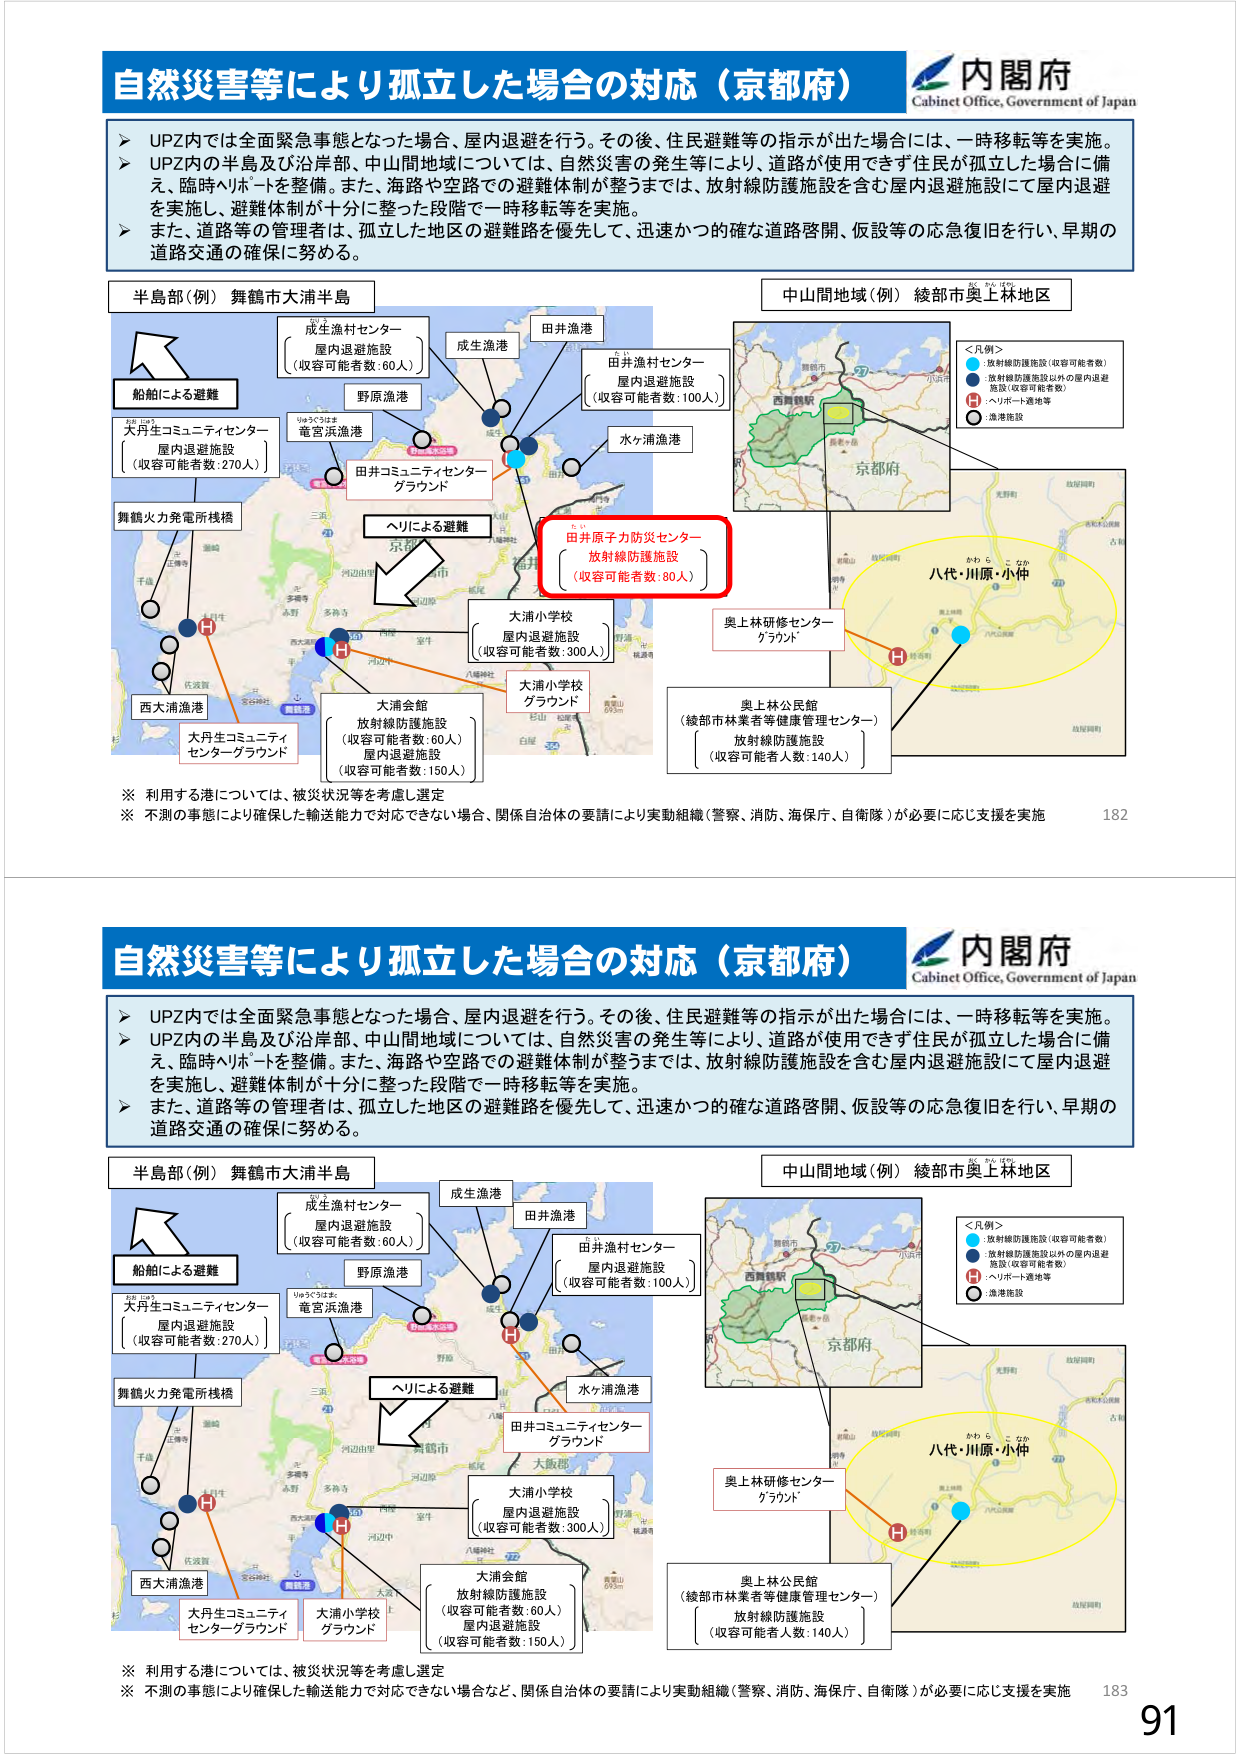
自然災害等により孤立した場合の対応（京都府）
内閣府
Cabinet Office, Government of Japan

➤ UPZ内では全面緊急事態となった場合、屋内退避を行う。その後、住民避難等の指示が出た場合には、一時移転等を実施。
➤ UPZ内の半島及び沿岸部、中山間地域については、自然災害の発生等により、道路が使用できず住民が孤立した場合に備え、臨時ヘリポートを整備。また、海路や空路での避難体制が整うまでは、放射線防護施設を含む屋内退避施設にて屋内退避を実施し、避難体制が十分に整った段階で一時移転等を実施。
➤ また、道路等の管理者は、孤立した地区の避難路を優先して、迅速かつ的確な道路啓開、仮設等の応急復旧を行い、早期の道路交通の確保に努める。

半島部（例） 舞鶴市大浦半島
船舶による避難
大丹生コミュニティセンター
屋内退避施設
（収容可能者数：270人）
舞鶴火力発電所桟橋
西大浦漁港
大丹生コミュニティ
センターグラウンド
成生漁村センター
屋内退避施設
（収容可能者数：60人）
野原漁港
亀宮浜漁港
田井コミュニティセンター
グラウンド
成生漁港
田井漁港
水ヶ浦漁港
田井漁村センター
屋内退避施設
（収容可能者数：100人）
ヘリによる避難
大浦小学校
屋内退避施設
（収容可能者数：300人）
大浦会館
放射線防護施設
（収容可能者数：60人）
屋内退避施設
（収容可能者数：150人）
大浦小学校
グラウンド
田井原子力防災センター
放射線防護施設
（収容可能者数：80人）

中山間地域（例） 綾部市奥上林地区
＜凡例＞
● 放射線防護施設（収容可能者数）
● 放射線防護施設以外の屋内退避施設（収容可能者数）
● ヘリポート・避難地等
● 漁港施設
奥上林研修センター
グラウンド
奥上林公民館
（綾部市林業者等健康管理センター）
放射線防護施設
（収容可能者数：140人）
八代・川原・小仲

※ 利用する港については、被災状況等を考慮し選定
※ 不測の事態により確保した輸送能力で対応できない場合など、関係自治体の要請により実動組織（警察、消防、海保庁、自衛隊）が必要に応じ支援を実施

182

自然災害等により孤立した場合の対応（京都府）
内閣府
Cabinet Office, Government of Japan

➤ UPZ内では全面緊急事態となった場合、屋内退避を行う。その後、住民避難等の指示が出た場合には、一時移転等を実施。
➤ UPZ内の半島及び沿岸部、中山間地域については、自然災害の発生等により、道路が使用できず住民が孤立した場合に備え、臨時ヘリポートを整備。また、海路や空路での避難体制が整うまでは、放射線防護施設を含む屋内退避施設にて屋内退避を実施し、避難体制が十分に整った段階で一時移転等を実施。
➤ また、道路等の管理者は、孤立した地区の避難路を優先して、迅速かつ的確な道路啓開、仮設等の応急復旧を行い、早期の道路交通の確保に努める。

半島部（例） 舞鶴市大浦半島
船舶による避難
大丹生コミュニティセンター
屋内退避施設
（収容可能者数：270人）
舞鶴火力発電所桟橋
西大浦漁港
大丹生コミュニティ
センターグラウンド
成生漁村センター
屋内退避施設
（収容可能者数：60人）
野原漁港
亀宮浜漁港
田井コミュニティセンター
グラウンド
成生漁港
田井漁港
水ヶ浦漁港
田井漁村センター
屋内退避施設
（収容可能者数：100人）
ヘリによる避難
大浦小学校
屋内退避施設
（収容可能者数：300人）
大浦会館
放射線防護施設
（収容可能者数：60人）
屋内退避施設
（収容可能者数：150人）
大浦小学校
グラウンド

中山間地域（例） 綾部市奥上林地区
＜凡例＞
● 放射線防護施設（収容可能者数）
● 放射線防護施設以外の屋内退避施設（収容可能者数）
● ヘリポート・避難地等
● 漁港施設
奥上林研修センター
グラウンド
奥上林公民館
（綾部市林業者等健康管理センター）
放射線防護施設
（収容可能者数：140人）
八代・川原・小仲

※ 利用する港については、被災状況等を考慮し選定
※ 不測の事態により確保した輸送能力で対応できない場合など、関係自治体の要請により実動組織（警察、消防、海保庁、自衛隊）が必要に応じ支援を実施

183
91